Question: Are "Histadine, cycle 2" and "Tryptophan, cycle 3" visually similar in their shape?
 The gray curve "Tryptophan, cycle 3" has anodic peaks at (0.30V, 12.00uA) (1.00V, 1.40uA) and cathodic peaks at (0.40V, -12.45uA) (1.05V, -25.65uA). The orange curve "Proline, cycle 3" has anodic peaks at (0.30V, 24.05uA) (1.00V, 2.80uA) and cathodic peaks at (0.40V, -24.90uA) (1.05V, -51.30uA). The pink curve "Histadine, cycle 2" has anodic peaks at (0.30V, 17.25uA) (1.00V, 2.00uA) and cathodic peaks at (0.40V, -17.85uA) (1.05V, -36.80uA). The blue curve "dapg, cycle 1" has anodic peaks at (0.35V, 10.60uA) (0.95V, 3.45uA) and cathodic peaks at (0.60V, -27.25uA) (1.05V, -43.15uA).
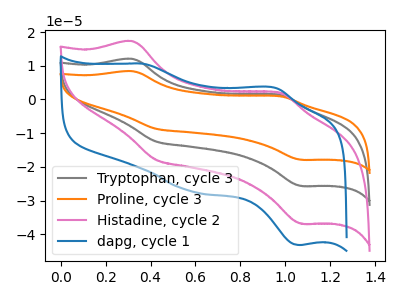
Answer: <think>All the peaks in "Histadine, cycle 2" have a peak in "Tryptophan, cycle 3" at the same potential. Every peak in "Histadine, cycle 2" is higher than every peak in "Tryptophan, cycle 3".
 </think>
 <answer>"Histadine, cycle 2" and "Tryptophan, cycle 3" are similar in shape.</answer>
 <eval>same_shape</eval>